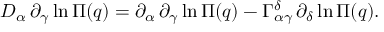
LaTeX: D _ { \alpha } \, \partial _ { \gamma } \ln \Pi ( q ) = \partial _ { \alpha } \, \partial _ { \gamma } \ln \Pi ( q ) - \Gamma _ { \alpha \gamma } ^ { \delta } \, \partial _ { \delta } \ln \Pi ( q ) .